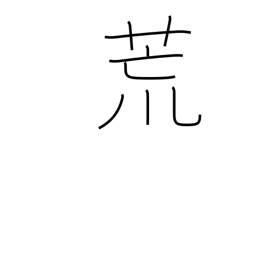
Meaning: laid waste